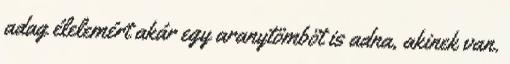
adag élelemért akár egy aranytömböt is adna, akinek van.